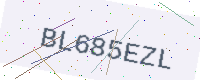
Text: BL685EZL